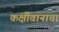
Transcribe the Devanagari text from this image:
कक्षीवानाचा